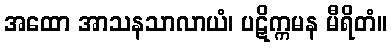
အထော အာသနသာလာယံ၊ ပဋိက္ကမန မီရိတံ။